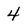
Character: 4